65_HS1-834228961_62-HQ-83894_Section_6
Agency: FBI
Page 1
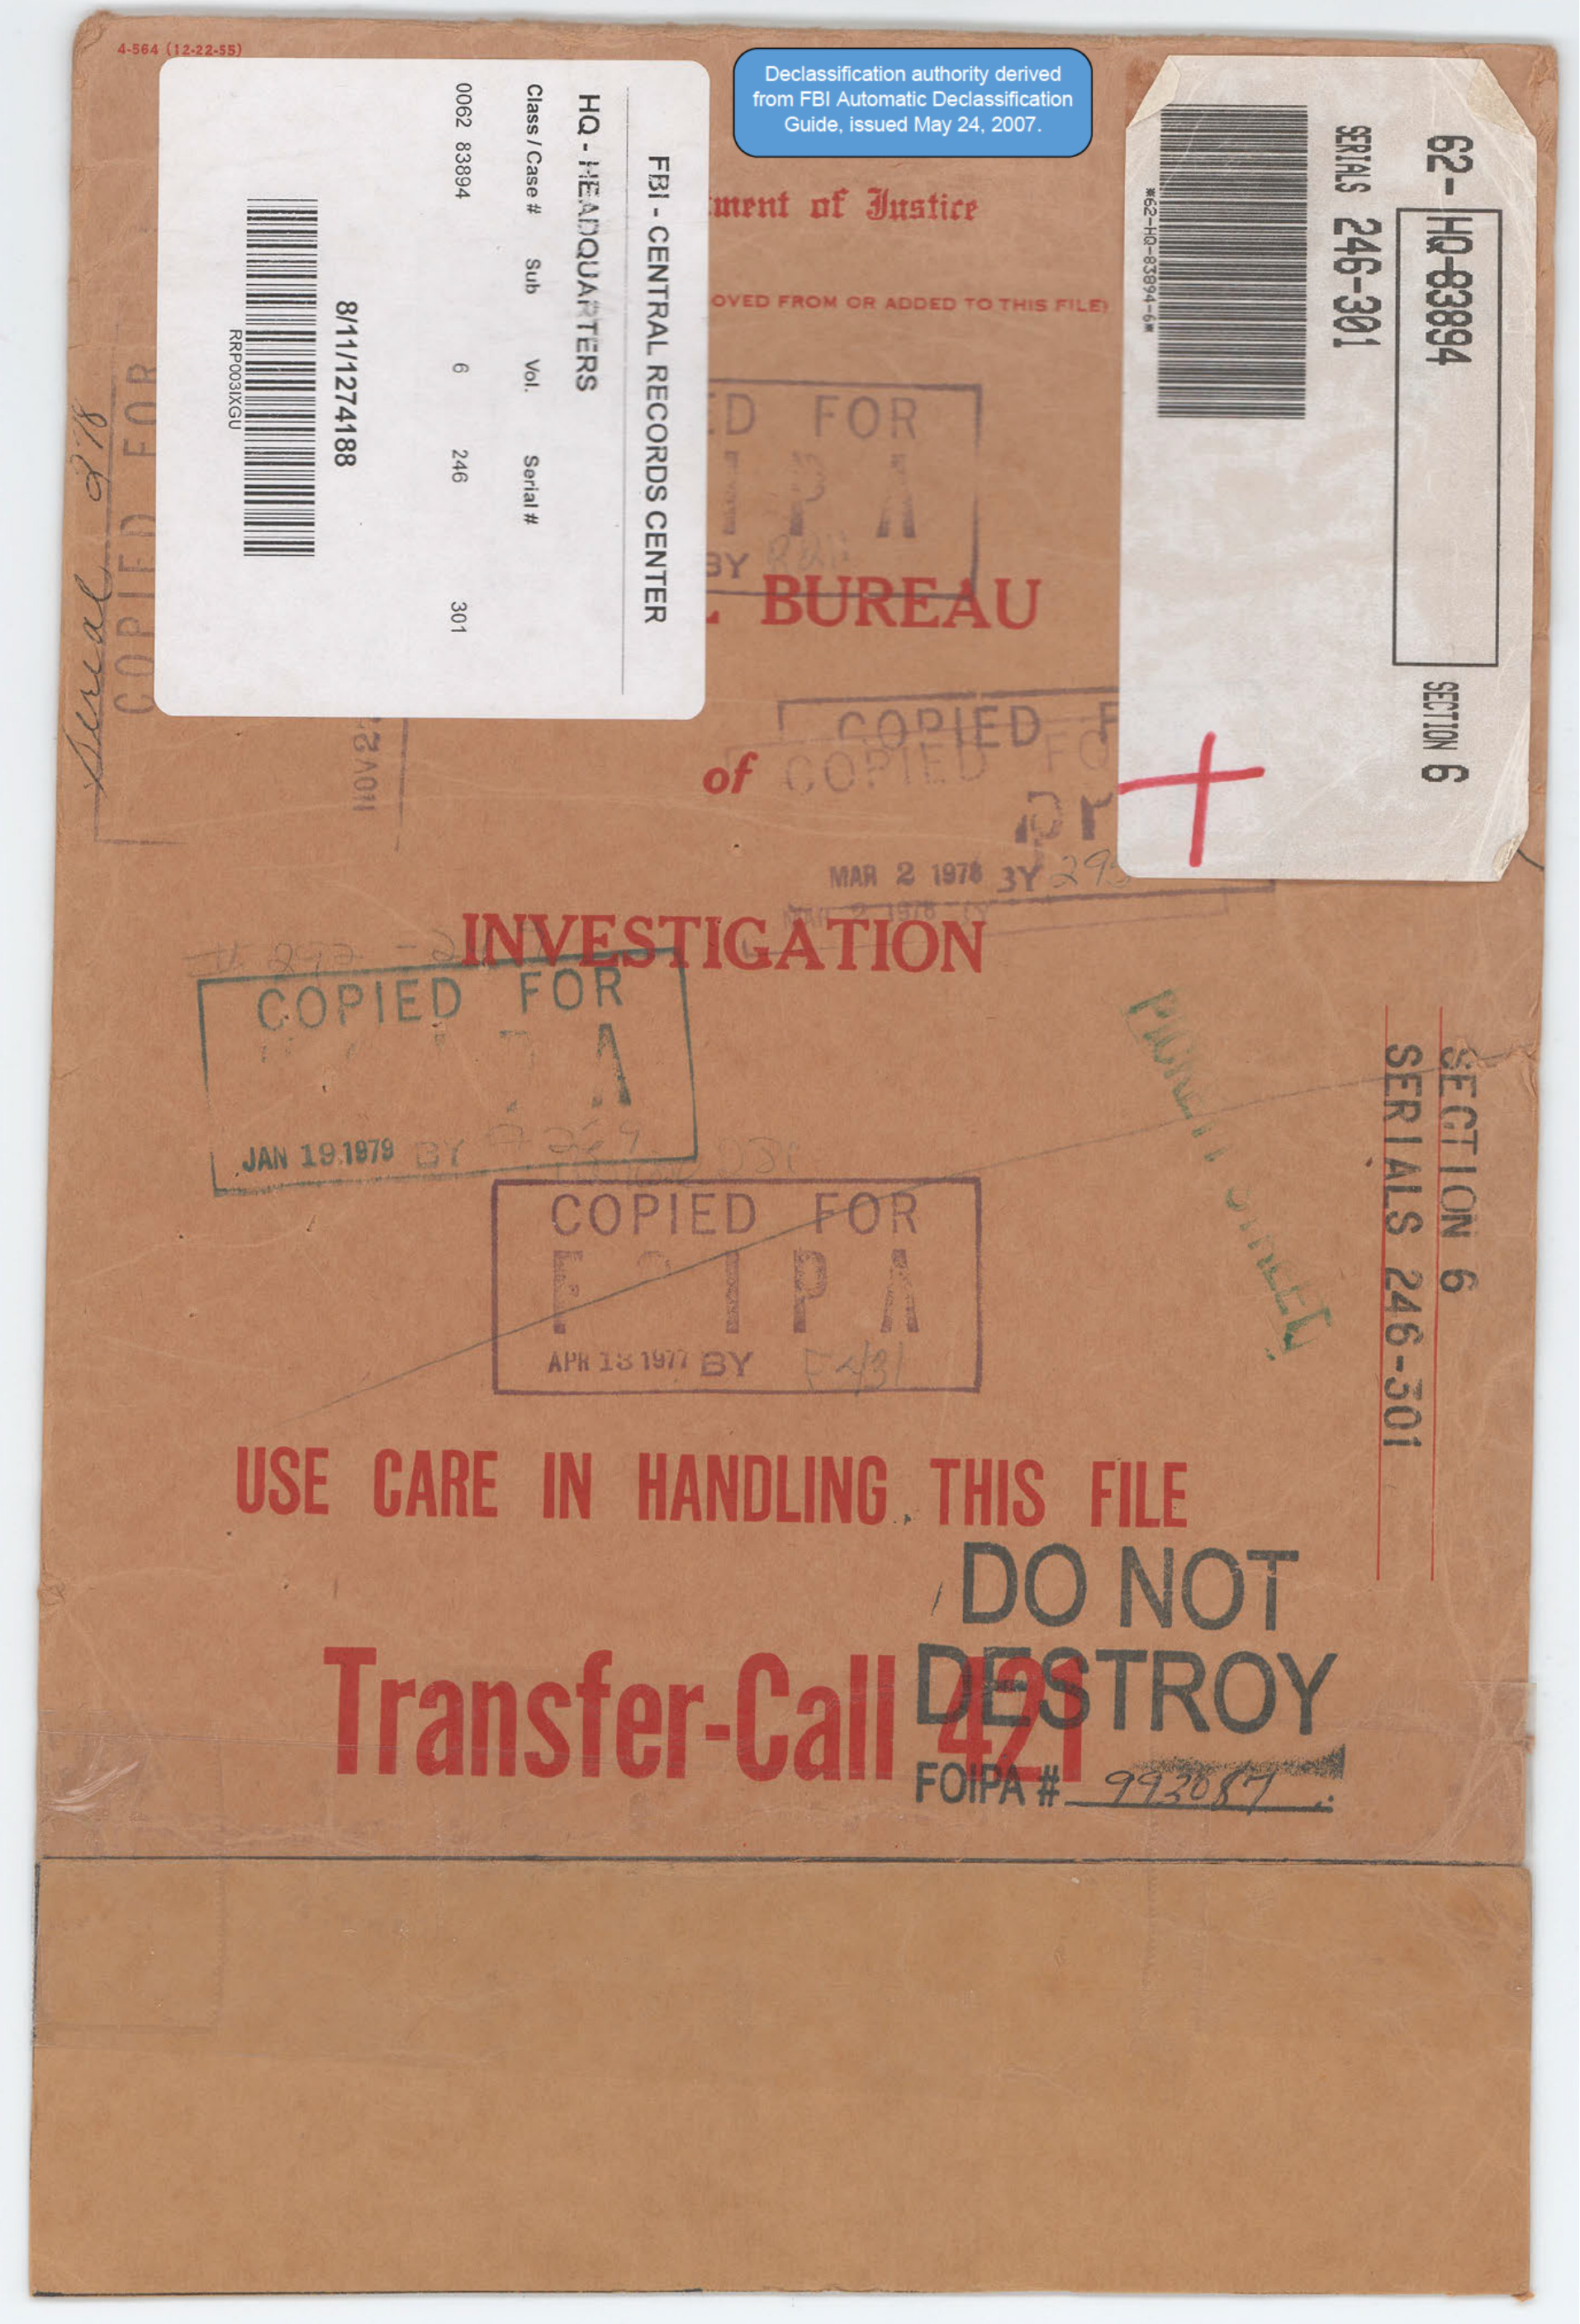